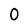
Character: 0